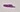
Text: -